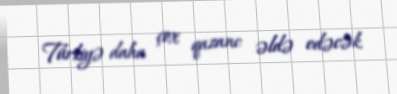
Türkiyə daha çox qazanc əldə edəcək.